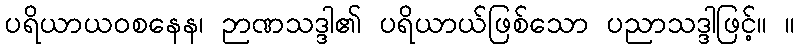
ပရိယာယဝစနေန၊ ဉာဏသဒ္ဒါ၏ ပရိယာယ်ဖြစ်သော ပညာသဒ္ဒါဖြင့်။ ။